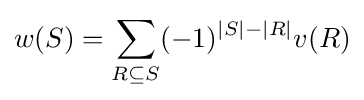
w(S)=\sum _{R\subseteq S}(-1)^{|S|-|R|}v(R)